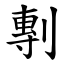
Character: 剸